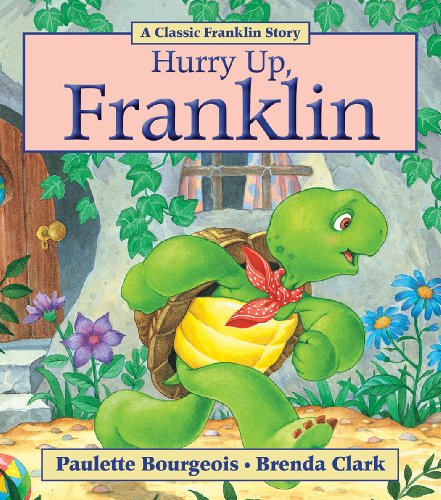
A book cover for Hurry Up, Franklin; Paulette Bourgeois; Children's Books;